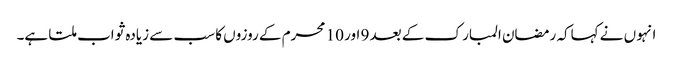
انہو ں نے کہاکہ رمضان المبار ک کے بعد 9 اور 10 محرم کے روزوں کا سب سے زیادہ ثواب ملتا ہے۔